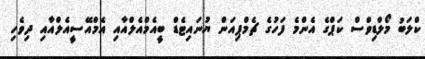
ކްލަބު މޯލްޑިވްސް ކަޕްގެ އެންމެ ފަހުގެ ޗެމްޕިއަން ޔުނައިޓެޑް ބީއެމްއެލްއާއި އެމްއޭސީއެލްއާއި ދިވެހި